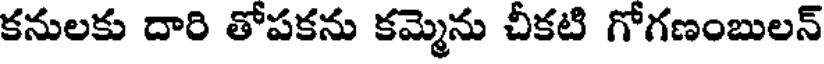
కనులకు దారి తోపకను కమ్మెను చీకటి గోగణంబులన్